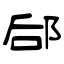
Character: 郈